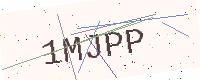
Text: 1MJPP